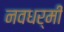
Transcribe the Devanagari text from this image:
नवधर्मी